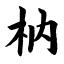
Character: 枘